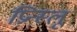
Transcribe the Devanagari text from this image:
प्रिन्स्लू